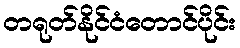
တရုတ်နိုင်ငံတောင်ပိုင်း